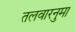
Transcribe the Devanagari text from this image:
तलवारनुमा